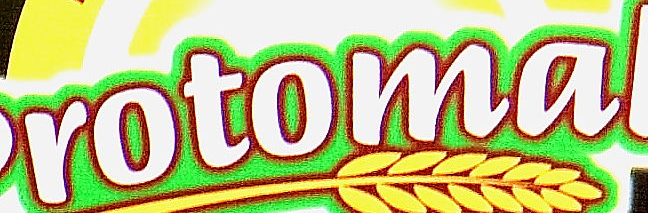
rotomal